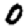
Digit: 0